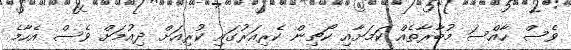
ވެސް ހާއްސަ މުބާރާތެއް ކަމަށާއި ކޯޗިން ކެރިއަރުގައި ކުރިއަށް ދިއުމަށް ވެސް އެހާމެ